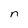
Character: n